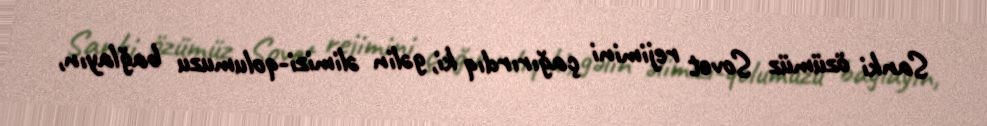
Sanki özümüz Sovet rejimini çağırırdıq ki, gəlin əlimizi-qolumuzu bağlayın,